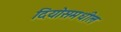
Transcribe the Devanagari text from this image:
दियोसमधील